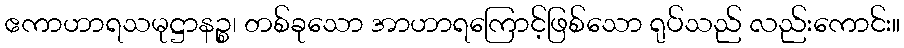
ဧကာဟာရသမုဋ္ဌာနဉ္စ၊ တစ်ခုသော အာဟာရကြောင့်ဖြစ်သော ရုပ်သည် လည်းကောင်း။